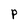
Character: P